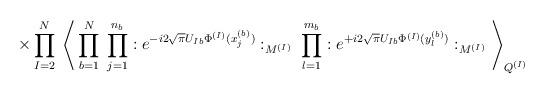
LaTeX: \begin{align*}\times \prod_{I=2}^N \;\Bigg\langle\prod_{b=1}^N \; \prod_{j=1}^{n_b} : e^{- i 2 \sqrt{\pi} U_{I b} \Phi^{(I)}(x^{(b)}_j)} :_{M^{(I)}} \; \prod_{l=1}^{m_b} : e^{+ i 2 \sqrt{\pi} U_{I b} \Phi^{(I)}(y^{(b)}_l)} :_{M^{(I)}} \Bigg\rangle_{Q^{(I)}}\end{align*}